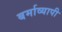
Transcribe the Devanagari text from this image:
बर्माव्यापी